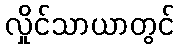
လှိုင်သာယာတွင်